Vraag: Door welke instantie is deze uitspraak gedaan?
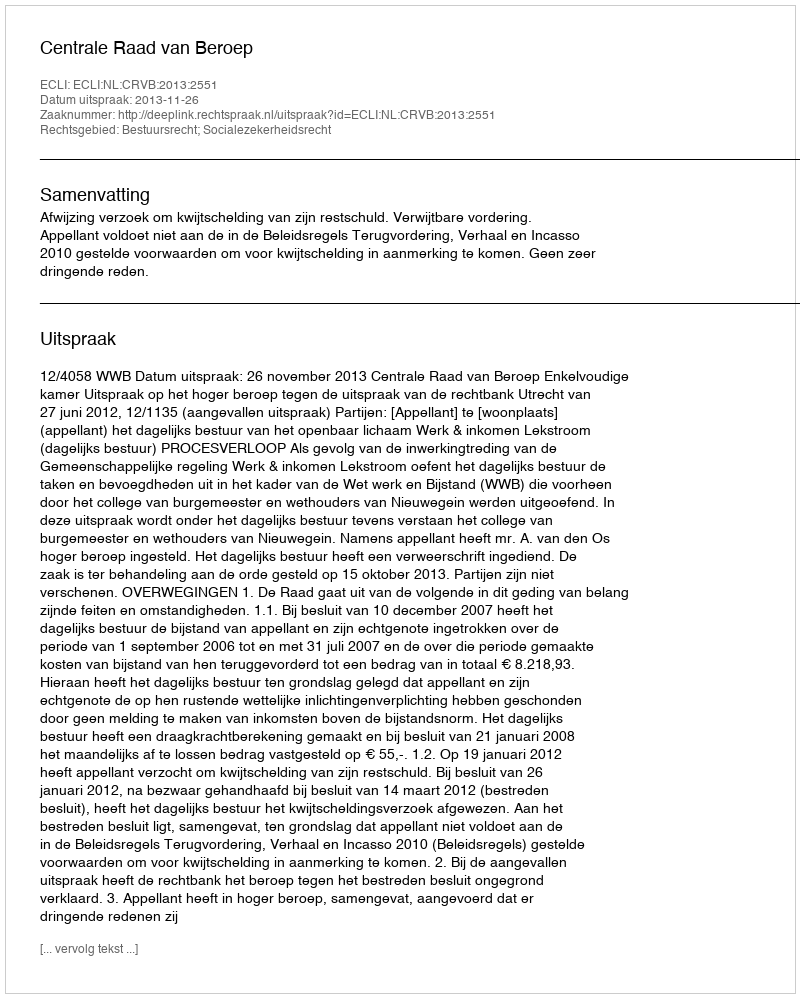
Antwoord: Centrale Raad van Beroep